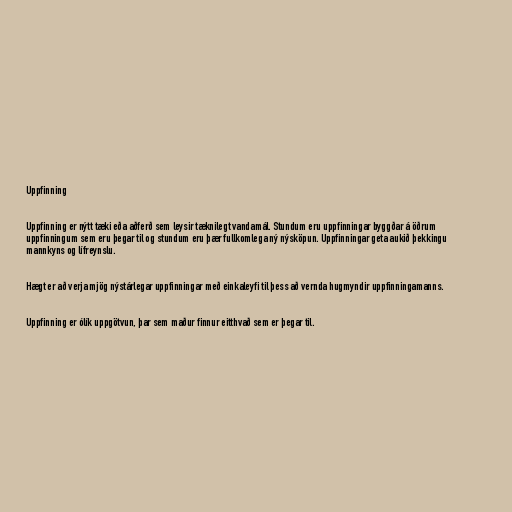
Uppfinning

Uppfinning er nýtt tæki eða aðferð sem leysir tæknilegt vandamál. Stundum eru uppfinningar byggðar á öðrum
uppfinningum sem eru þegar til og stundum eru þær fullkomlega ný nýsköpun. Uppfinningar geta aukið þekkingu
mannkyns og lífreynslu.

Hægt er að verja mjög nýstárlegar uppfinningar með einkaleyfi til þess að vernda hugmyndir uppfinningamanns.

Uppfinning er ólík uppgötvun, þar sem maður finnur eitthvað sem er þegar til.